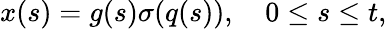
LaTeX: x(s)=g(s)\sigma(q(s)),\quad 0\le s\le t,